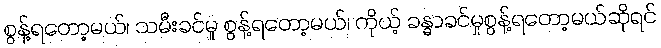
စွန့်ရတော့မယ်၊ သမီးခင်မှု စွန့်ရတော့မယ်၊ ကိုယ့် ခန္ဓာခင်မှုစွန့်ရတော့မယ်ဆိုရင်